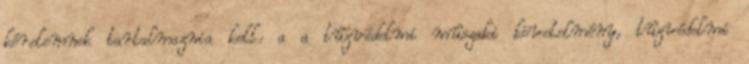
kérelemnek tartalmaznia kell: a a tûzvédelmi mûszaki követelmény, tûzvédelmi